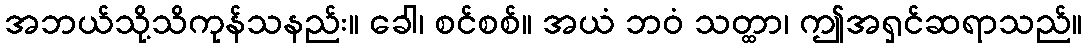
အဘယ်သို့သိကုန်သနည်း။ ခေါ၊ စင်စစ်။ အယံ ဘဝံ သတ္ထာ၊ ဤအရှင်ဆရာသည်။